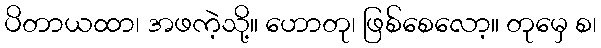
ပိတာယထာ၊ အဖကဲ့သို့။ ဟောတု၊ ဖြစ်စေလော့။ တုမှေ စ၊